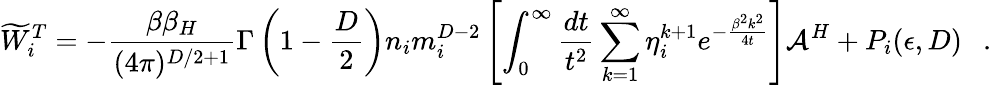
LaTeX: \widetilde{W}_{i}^{T}=-{\frac{\beta\beta_{H}}{(4\pi)^{D/2+1}}}\Gamma\left(1-\frac D2\right)n_{i}m_{i}^{D-2}\left[\int_{0}^{\infty}{\frac{dt}{t^{2}}}\sum_{k=1}^{\infty}\eta_{i}^{k+1}e^{-{\frac{\beta^{2}k^{2}}{4t}}}\right]{\cal A}^{H}+P_{i}(\epsilon,D)~~~.